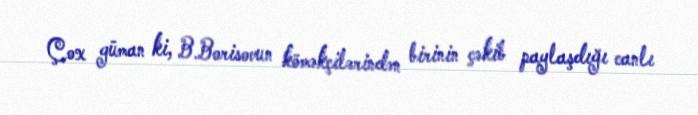
Çox güman ki, B.Borisovun köməkçilərindən birinin çəkib paylaşdığı canlı